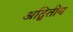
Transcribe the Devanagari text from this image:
अद्बितीय